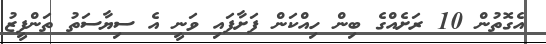
އެގޮތުން 10 ރަށެއްގެ ބިން ހިއްކަން ފަށާފައި ވަނީ އެ ސިޔާސަތު ތަންފީޒު